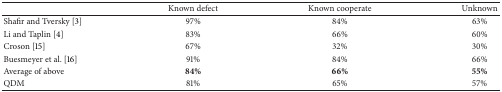
<table><thead><tr><td><b> </b></td><td><b> Known defect </b></td><td><b> Known cooperate </b></td><td><b> Unknown</b></td></tr></thead><tbody><tr><td>Shafir and Tversky [3] </td><td> 97% </td><td> 84% </td><td> 63%</td></tr><tr><td>Li and Taplin [4] </td><td> 83% </td><td> 66% </td><td> 60% </td></tr><tr><td>Croson [15] </td><td> 67% </td><td> 32% </td><td> 30% </td></tr><tr><td>Buesmeyer et al. [16] </td><td> 91% </td><td> 84% </td><td> 66%</td></tr><tr><td>Average of above </td><td><b>84% </b></td><td><b>66% </b></td><td><b>55% </b></td></tr><tr><td>QDM </td><td> 81% </td><td> 65% </td><td> 57%</td></tr></tbody></table>